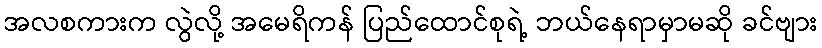
အလစကားက လွဲလို့ အမေရိကန် ပြည်ထောင်စုရဲ့ ဘယ်နေရာမှာမဆို ခင်ဗျား